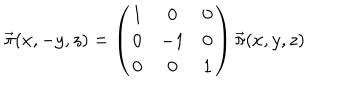
LaTeX: \vec { \pi } ( x , - y , z ) = \left( \begin{matrix} { { 1 } } & { { 0 } } & { { 0 } } \\ { { 0 } } & { { - 1 } } & { { 0 } } \\ { { 0 } } & { { 0 } } & { { 1 } } \\ \end{matrix} \right) \vec { \pi } ( x , y , z )